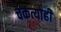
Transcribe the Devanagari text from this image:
चकत्याही